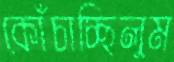
কোঁচাচ্ছিলুম